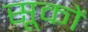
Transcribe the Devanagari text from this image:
सूकों